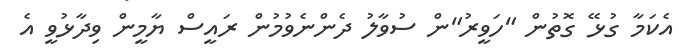
އެކަމާ ގުޅޭ ގޮތުން "ހަވީރު"ން ސުވާލު ދެންނެވުމުން ރައީސް ޔާމީން ވިދާޅުވީ އެ